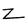
Character: Z